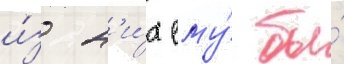
и́з н'и́х ему́ бы́